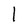
Character: I